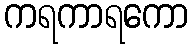
ကရကာရကော